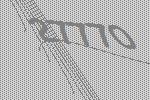
27770